Vaccination Hyderabad 1872-1889 - 1872-1889
Year: 1872
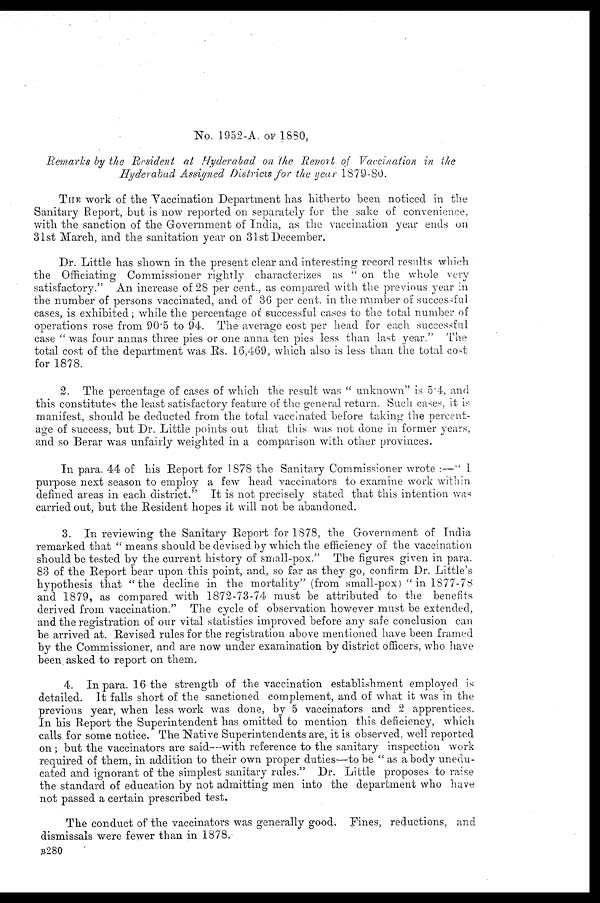
No. 1952-A. OF 1880,
Remarks by the Resident at Hyderabad on the Report of Vaccination in the
Hyderabad Assigned Districts for the year 1879-80.
THE work of the Vaccination Department has hitherto been noticed in the
Sanitary Report, but is now reported on separately for the sake of convenience,
with the sanction of the Government of India, as the vaccination year ends on
31st March, and the sanitation year on 31st December.
Dr. Little has shown in the present clear and interesting record results which
the Officiating Commissioner rightly characterizes as " on the whole very
satisfactory." An increase of 28 per cent., as compared with the previous year in
the number of persons vaccinated, and of 36 per cent. in the number of successful
cases, is exhibited; while the percentage of successful cases to the total number of
operations rose from 90.5 to 94. The average cost per head for each successful
case "was four annas three pies or one anna ten pies less than last year." The
total cost of the department was Rs. 16,469, which also is less than the total cost
for 1878.
2. The percentage of cases of which the result was " unknown" is 5.4, and
this constitutes the least satisfactory feature of the general return. Such cases, it is
manifest, should be deducted from the total vaccinated before taking the percent-
age of success, but Dr. Little points out that this was not done in former years,
and so Berar was unfairly weighted in a comparison with other provinces.
In para. 44 of his Report for 1878 the Sanitary Commissioner wrote :—" I
purpose next season to employ a few head vaccinators to examine work within
defined areas in each district." It is not precisely stated that this intention was
carried out, but the Resident hopes it will not be abandoned.
3. In reviewing the Sanitary Report for 1878, the Government of India
remarked that " means should be devised by which the efficiency of the vaccination
should be tested by the current history of small-pox." The figures given in para.
83 of the Report bear upon this point, and, so far as they go, confirm Dr. Little's
hypothesis that "the decline in the mortality" (from small-pox) "in 1877-78
and 1879, as compared with 1872-73-74 must be attributed to the benefits
derived from vaccination." The cycle of observation however must be extended,
and the registration of our vital statistics improved before any safe conclusion can
be arrived at. Revised rules for the registration above mentioned have been framed
by the Commissioner, and are now under examination by district officers, who have
been, asked to report on them,
4. In para. 16 the strength of the vaccination establishment employed is
detailed. It falls short of the sanctioned complement, and of what it was in the
previous year, when less work was done, by 5 vaccinators and 2 apprentices.
In his Report the Superintendent has omitted to mention this deficiency, which
calls for some notice. The Native Superintendents are, it is observed, well reported
on; but the vaccinators are said—with reference to the sanitary inspection work
required of them, in addition to their own proper duties—to be " as a body unedu-
cated and ignorant of the simplest sanitary rules." Dr. Little proposes to raise
the standard of education by not admitting men into the department who have
not passed a certain prescribed test.
The conduct of the vaccinators was generally good. Fines, reductions, and
dismissals were fewer than in 1878.
B280